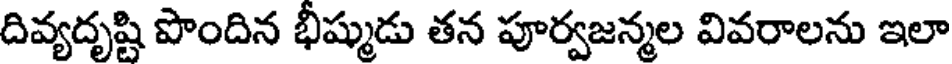
దివ్యదృష్టి పొందిన భీష్ముడు తన పూర్వజన్మల వివరాలను ఇలా